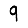
Digit: 9